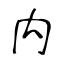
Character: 禸